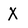
Character: X